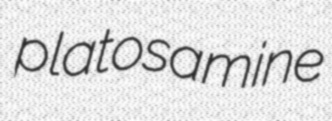
platosamine